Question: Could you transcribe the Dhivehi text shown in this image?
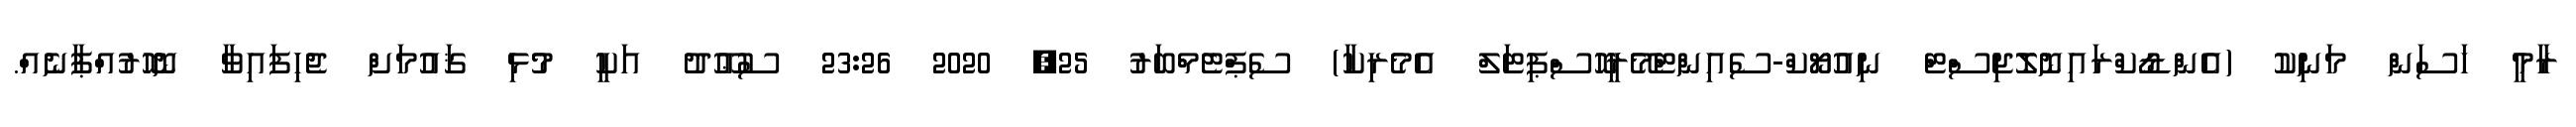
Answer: ރާމީ ހަސަން މަނިކު (އެންޑޯކްރައިނޮލޮޖިސްޓް ނިއުޔޯކް-ސެއިންޓްމޭރީހޮސްޕިޓަލް އެމެރިކާ) ސެޕްޓެމްބަރު 25, 2020 23:26 ސުޢޫދު އަކީ މުޅި ޤައުމަށް ޖެހިފައިވާ ނޮހޮރުއްޕާނެއް.